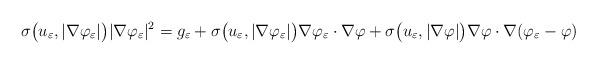
LaTeX: \begin{align*} \sigma\big(u_\varepsilon,|\nabla\varphi_\varepsilon|\big)|\nabla\varphi_\varepsilon|^2=g_\varepsilon+\sigma\big(u_\varepsilon,|\nabla\varphi_\varepsilon|\big)\nabla\varphi_\varepsilon\cdot\nabla\varphi+\sigma\big(u_\varepsilon,|\nabla\varphi|\big)\nabla\varphi\cdot\nabla(\varphi_\varepsilon-\varphi)\end{align*}